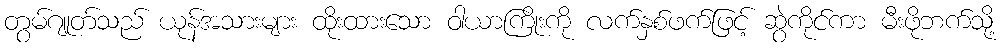
တွမ်ဂျုတ်သည် ယုန်အသားများ ထိုးထားသော ဝါယာကြိုးကို လက်နှစ်ဖက်ဖြင့် ဆွဲကိုင်ကာ မီးဖိုဘက်သို့